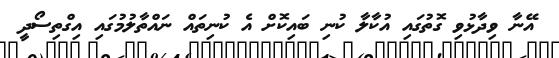
އޭނާ ވިދާޅުވި ގޮތުގައި އުކާލާ ކުނި ބައިކޮށް އެ ކުނިތައް ނައްތާލުމުގައި އިގްތިސޯދީ